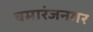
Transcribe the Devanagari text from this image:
चमारंजनगर